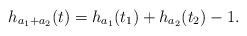
LaTeX: \begin{align*}h_{a_1+a_2}(t) = h_{a_1}(t_1) + h_{a_2}(t_2) - 1.\end{align*}